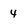
Character: 4